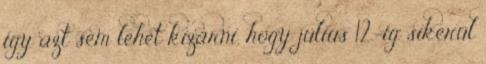
így azt sem lehet kizárni, hogy július 12.-ig sikerül